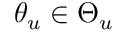
\theta _ { u } \in \Theta _ { u }